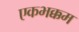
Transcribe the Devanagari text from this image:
एकभक्कम